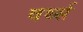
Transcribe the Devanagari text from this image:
वर्थ्स